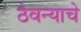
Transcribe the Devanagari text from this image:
ठेवन्याचे